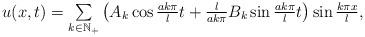
LaTeX: \begin{align*} \begin{array}{cc} u(x,t)=\sum\limits_{k\in \mathbb{N}_{+}}\left(A_{k}\cos\frac{ak\pi }{l}t+\frac{l}{ak\pi }B_{k}\sin\frac{ak\pi}{l}t\right)\sin\frac{k\pi x}{l}, \end{array} \end{align*}